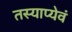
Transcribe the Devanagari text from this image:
तस्याप्येवं